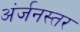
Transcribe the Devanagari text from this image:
अंर्जनस्तर